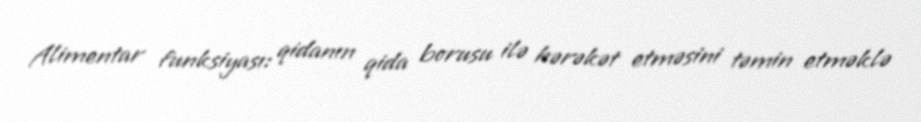
Alimentar funksiyası: qidanın qida borusu ilə hərəkət etməsini təmin etməklə